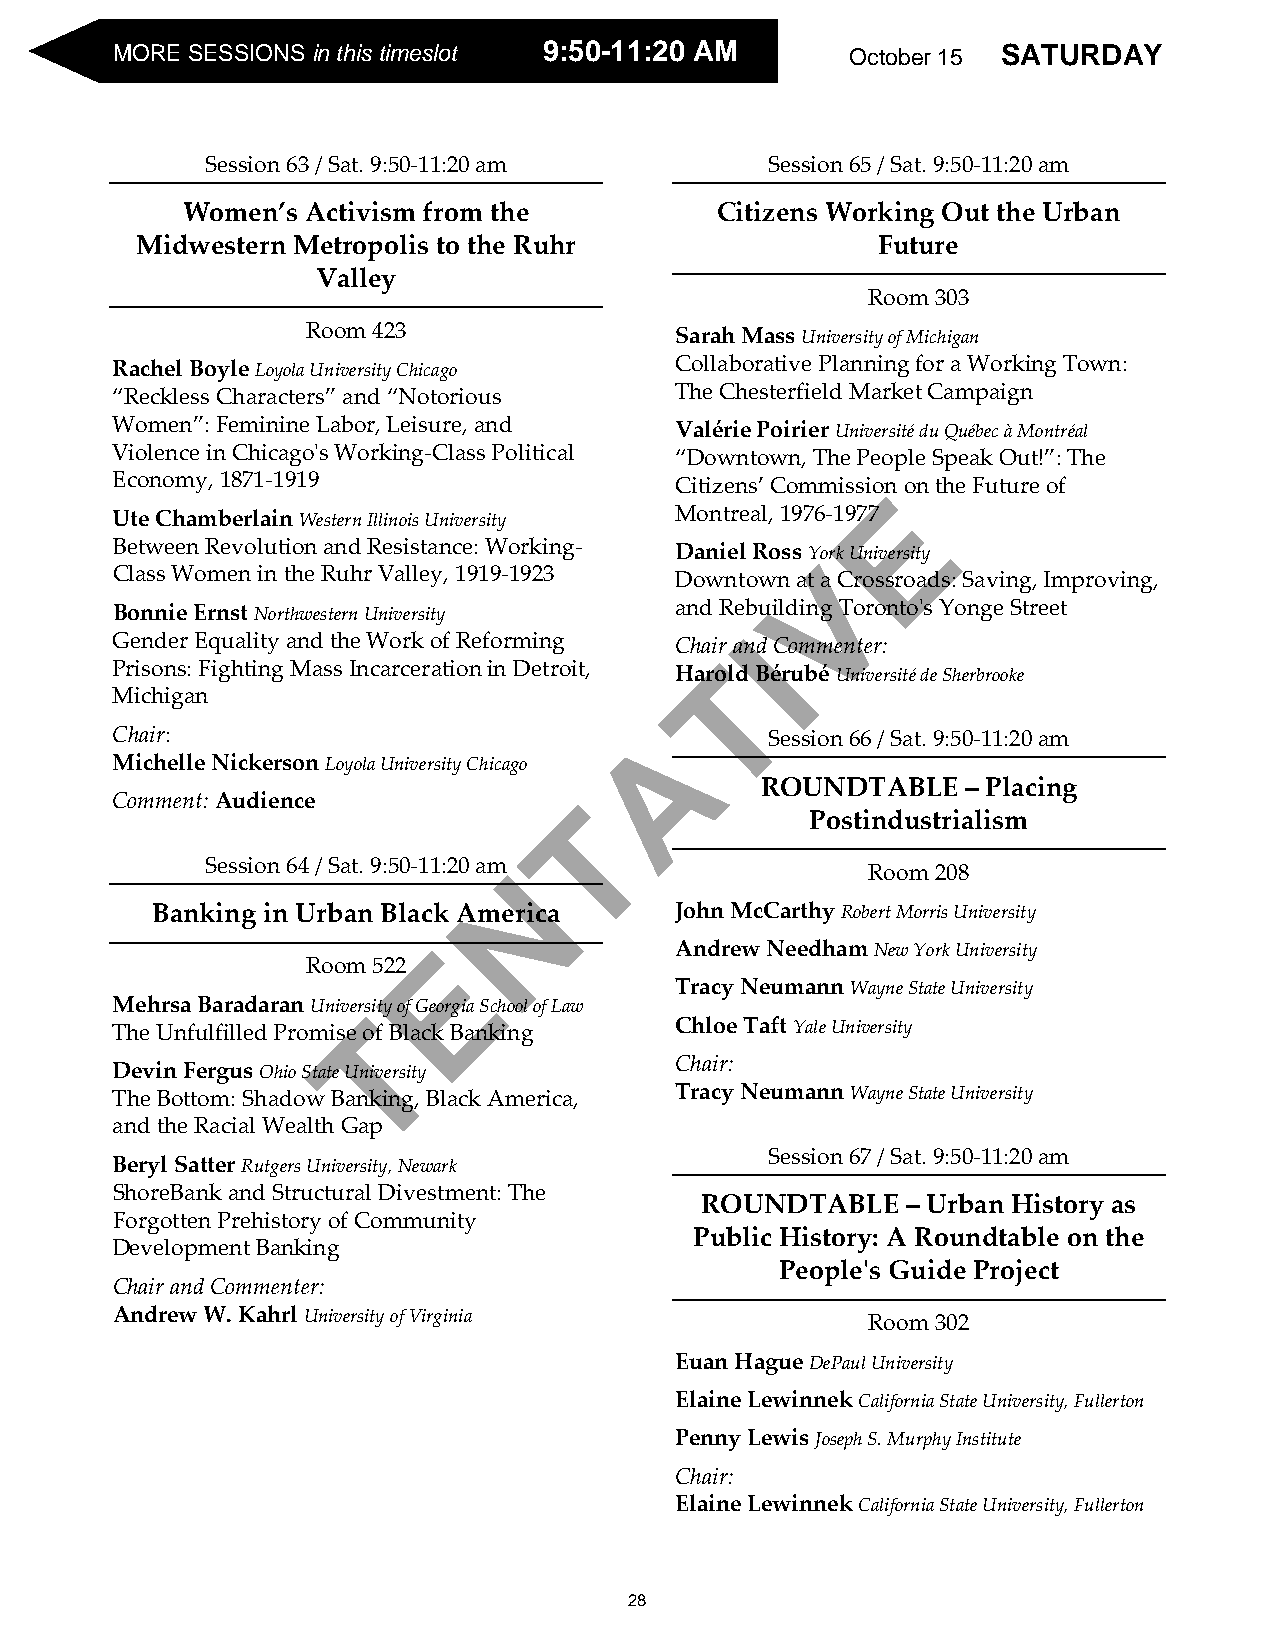
SMOARTEU SREDSSAIYON S i nO tchtios btiemr e1s5l ot 99::5500--1111::2200 AAMM October 15 SATURDAY
 Session 63 / Sat. 9:50-11:20 am      Session 65 / Sat. 9:50-11:20 am
 Women’s Activism from the          Citizens Working Out the Urban
 Midwestern Metropolis to the Ruhr                Future
 Valley
 Room 303
 Room 423                 Sarah Mass University of Michigan
 Rachel Boyle Loyola University Chicago Collaborative Planning for a Working Town:
 “Reckless Characters” and “Notorious  The Chesterfield Market Campaign
 Women”: Feminine Labor, Leisure, and  Valérie Poirier Université du Québec à Montréal
 Violence in Chicago's Working-Class Political “Downtown, The People Speak Out!”: The
 Economy, 1871-1919                    Citizens’ CommissioEn on the Future of
 Ute Chamberlain Western Illinois University Montreal, 1976-1977
 Between Revolution and Resistance: Working- Daniel Ross York University
 V
 Class Women in the Ruhr Valley, 1919-1923 Downtown at a Crossroads: Saving, Improving,
 Bonnie Ernst Northwestern University  and Rebuilding Toronto's Yonge Street
 I
 Gender Equality and the Work of Reforming Chair and Commenter:
 Prisons: Fighting Mass Incarceration in Detroit, HarT old Bérubé Université de Sherbrooke
 Michigan
 A
 Chair:                                      Session 66 / Sat. 9:50-11:20 am
 Michelle Nickerson Loyola University Chicago
 ROUNDTABLE    – Placing
 Comment: Audience              T
 Postindustrialism
 Session 64 / Sat. 9:50-11:20 amN
 Room 208
 Banking in Urban Black America     John McCarthy Robert Morris University
 E                Andrew Needham New York University
 Room 522
 Tracy Neumann Wayne State University
 Mehrsa Baradaran University of Georgia School of Law
 T
 The Unfulfilled Promise of Black Banking Chloe Taft Yale University
 Chair:
 Devin Fergus Ohio State University
 The Bottom: Shadow Banking, Black America, Tracy Neumann Wayne State University
 and the Racial Wealth Gap
 Session 67 / Sat. 9:50-11:20 am
 Beryl Satter Rutgers University, Newark
 ShoreBank and Structural Divestment: The
 ROUNDTABLE    – Urban History as
 Forgotten Prehistory of Community
 Public History: A Roundtable on the
 Development Banking
 People's Guide Project
 Chair and Commenter:
 Andrew W. Kahrl University of Virginia            Room 302
 Euan Hague DePaul University
 Elaine Lewinnek California State University, Fullerton
 Penny Lewis Joseph S. Murphy Institute
 Chair:
 Elaine Lewinnek California State University, Fullerton
 28